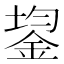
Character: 鋆